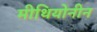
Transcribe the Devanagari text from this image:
मीथियोनीन